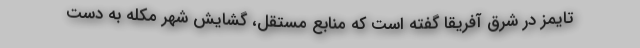
تایمز در شرق آفریقا گفته است که منابع مستقل، گشایش شهر مکله به دست